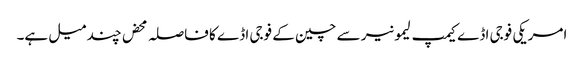
امریکی فوجی اڈے کیمپ لیمونیر سے چین کے فوجی اڈے کا فاصلہ محض چند میل ہے۔